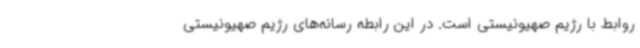
روابط با رژیم صهیونیستی است. در این رابطه رسانه‌های رژیم صهیونیستی